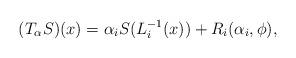
\begin{align*} (T_{\alpha}S)(x) = \alpha_i S(L_i^{-1}(x)) + R_i (\alpha_i, \phi), \end{align*}